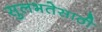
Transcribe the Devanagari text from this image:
सुलभतेसाठी